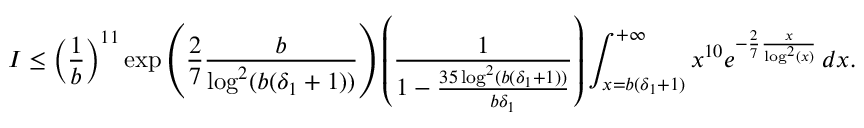
I \leq \left( \frac { 1 } { b } \right) ^ { 1 1 } \exp \left( \frac { 2 } { 7 } \frac { b } { \log ^ { 2 } ( b ( \delta _ { 1 } + 1 ) ) } \right) \left( \frac { 1 } { 1 - \frac { 3 5 \log ^ { 2 } ( b ( \delta _ { 1 } + 1 ) ) } { b \delta _ { 1 } } } \right) \int _ { x = b ( \delta _ { 1 } + 1 ) } ^ { + \infty } x ^ { 1 0 } e ^ { - \frac { 2 } { 7 } \frac { x } { \log ^ { 2 } ( x ) } } \, d x .